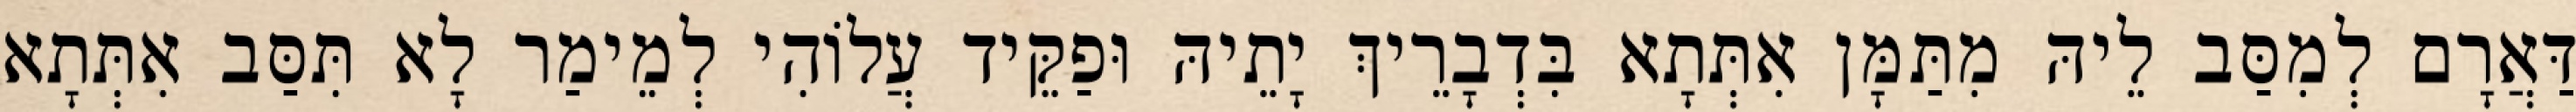
דַּאֲרָם לְמִסַּב לֵיהּ מִתַּמָּן אִתְּתָא בִּדְבָרֵיךְ יָתֵיהּ וּפַקֵּיד עֲלוֹהִי לְמֵימַר לָא תִּסַּב אִתְּתָא